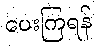
ပေးကြရန်